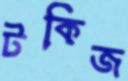
টকিজ